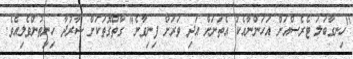
"ހިނގާބަލަ ޓެރެސްއަށް އަހަންނާއެކު އެތަނަށް އަދި ވަރަށް ފިނިވާނެ" ގާތްގޮތަކަށް ޝާރުދާ ހިނިތުންވެލިއެވެ.